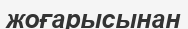
жоғарысынан